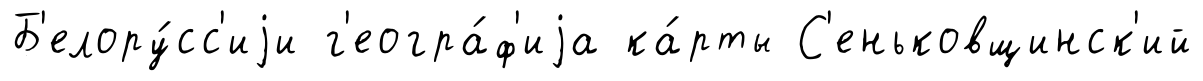
Б'елору́сс'иjи г'еогра́ф'иjа ка́рты С'еньковщинск'ий